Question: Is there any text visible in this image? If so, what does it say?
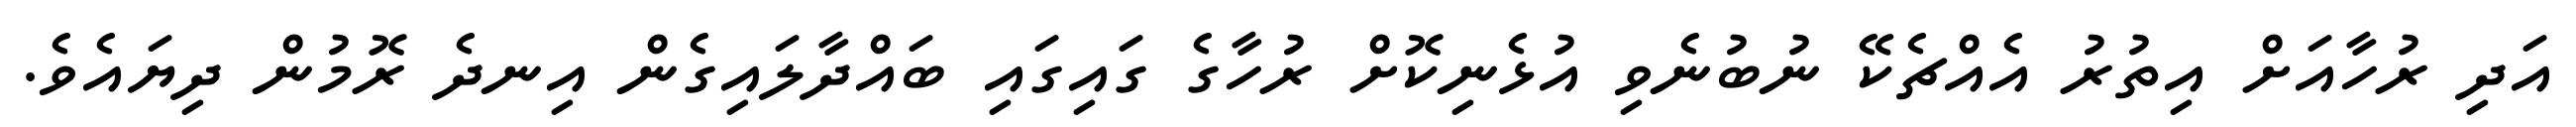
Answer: އަދި ރުހާއަށް އިތުރު އެއްޗެކޭ ނުބުނެވި އުޅެނިކޮށް ރުހާގެ ގައިގައި ބައްދާލައިގެން އިނދެ ރޮމުން ދިޔައެވެ.